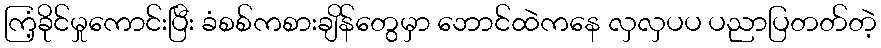
ကြံ့ခိုင်မှုကောင်းပြီး ခံစစ်ကစားချိန်တွေမှာ ဘောင်ထဲကနေ လှလှပပ ပညာပြတတ်တဲ့